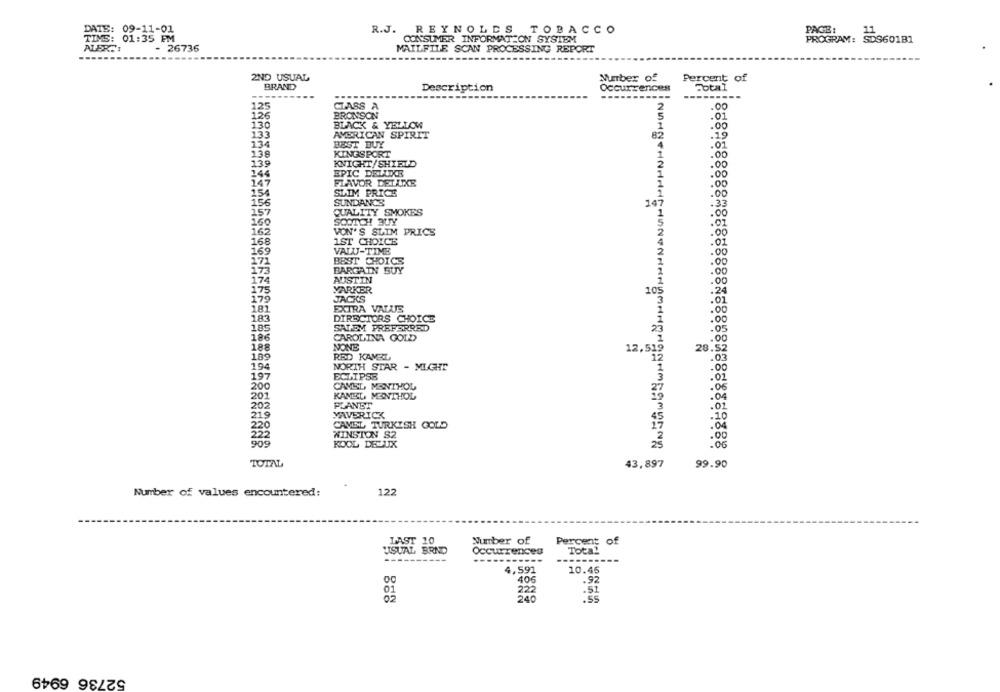
DATE: 09-11-01
PAGE:
R.J. REYNOLDS TOBACCO
11
TIMS: 01:35 PM
CONSUMER INFORMATION SYSTEM
PROGRAM:
SDS601B1
ALERT!
- 26736
MAILFILE SCAN PROCESSING REPORT
2ND USUAL
Number of
Percent of
BRAND
Description
Occurrences
Total
----------
25
CLASS A
BRONSON
.01
130
BLACK & YELLOW
.00
133
AMERICAN SPIRIT
82
.19
134
BEST BUY
138
KINGSPORT
00
139
KNIGHT/SHIELD
.00
144
EPIC DELLIKE
.00
14
FLAVOR DELLIXE
.00
154
SLIM PRICE
.00
SUNDANCE
147
.33
15
QUALITY SMOKES
.00
160
.01
165
VON'S SLIM PRICE
.00
168
1ST CHOICE
169
VALU-TIME
.00
BEST CHOICE
.00
173
BARGAIN BUY
.00
174
AUSTIN
.00
VARKER
105
JACKS
.01
181
EXTRA VALUE
183
DIRECTORS CHOICE
.00
SALEM PREFERRED
.05
196
CAROLINA GOLD
00
NONE
28. 52
188
12,519
189
RRD KAVEL
12
.03
NORTH STAR - MLGHE
- 0
197
ECLIPSE
200
CAMEL MENTHOL
.06
201
KANEL MENTHOL
202
PLANET
.02
219
MAVERICK
. 20
220
CAMEL TURKISH GOLD
WINSTON S2
00
909
KOOL DECUIX
. 00
TOTAL
43,897
99.90
Number of values encountered:
122
LAST 10
Number of
of
Percent
USUAL BRND
Occurrences
Total
4,591
10.45
406
.92
222
.51
240
.55
52736 6949